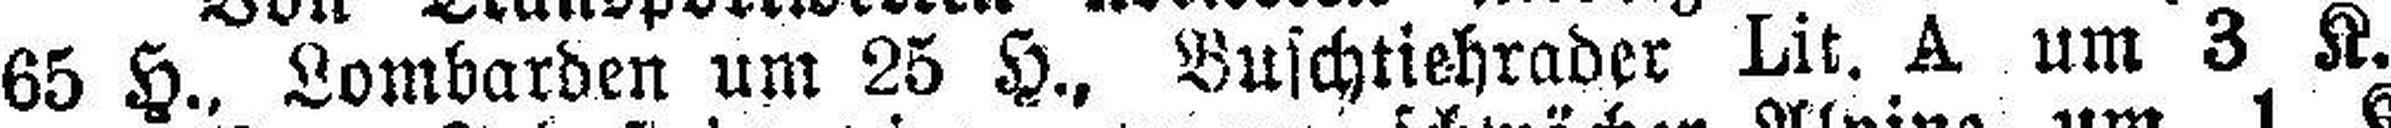
65 H., Lombarden um 25 H., Buschtiehrader Lit. A um 3 K.